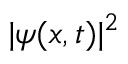
| \psi ( x , t ) | ^ { 2 }